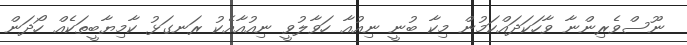
ނޫސްވެރިންނާ ވާހަކަދައްކަމުން މިކާ ބުނީ ނިއުއާ ހަވާލުވީ ނިއުއާއެކު ރަނގަޅު ކާމިޔާބީތަކެއް ހޯދަން